画像に写った文字を読んでください
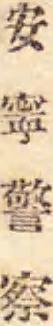
「安寧警察」と書いてあります